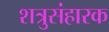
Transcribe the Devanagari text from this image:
शत्रुसंहारक